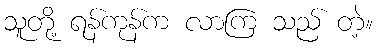
သူတို့ ရန်ကုန်က လာကြ သည် တဲ့။